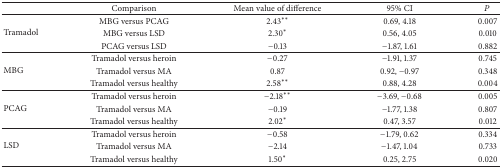
<table><thead><tr><td><b> </b></td><td><b>Comparison</b></td><td><b>Mean value of difference</b></td><td><b>95% CI</b></td><td><b><i>P</i></b></td></tr></thead><tbody><tr><td rowspan="3">Tramadol</td><td>MBG versus PCAG</td><td>2.43**</td><td>0.69, 4.18</td><td>0.007</td></tr><tr><td>MBG versus LSD</td><td>2.30*</td><td>0.56, 4.05</td><td>0.010</td></tr><tr><td>PCAG versus LSD</td><td>−0.13</td><td>−1.87, 1.61</td><td>0.882</td></tr><tr><td rowspan="3">MBG</td><td>Tramadol versus heroin</td><td> −0.27</td><td>−1.91, 1.37</td><td>0.745</td></tr><tr><td>Tramadol versus MA</td><td>0.87</td><td>0.92, −0.97</td><td>0.348</td></tr><tr><td>Tramadol versus healthy</td><td>2.58**</td><td>0.88, 4.28</td><td>0.004</td></tr><tr><td rowspan="3">PCAG</td><td>Tramadol versus heroin</td><td>−2.18**</td><td>−3.69, −0.68</td><td>0.005</td></tr><tr><td>Tramadol versus MA</td><td>−0.19</td><td>−1.77, 1.38</td><td>0.807</td></tr><tr><td>Tramadol versus healthy</td><td>2.02*</td><td>0.47, 3.57</td><td>0.012</td></tr><tr><td rowspan="3">LSD</td><td>Tramadol versus heroin</td><td>−0.58</td><td>−1.79, 0.62</td><td>0.334</td></tr><tr><td>Tramadol versus MA</td><td>−2.14</td><td>−1.47, 1.04</td><td>0.733</td></tr><tr><td>Tramadol versus healthy</td><td>1.50*</td><td>0.25, 2.75</td><td>0.020</td></tr></tbody></table>